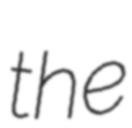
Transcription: the